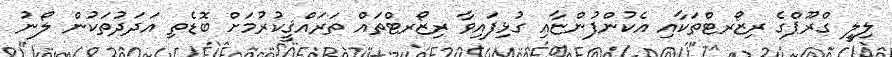
ލިލީ ގްރޫޕްގެ ރިޒޯރޓްތަކާއި އެކުންފުންޏާއި ގުޅިފައިވާ ރިޒޯރޓްތައް ތަރައްޤީކުރުމަށް ބޮޑެތި އަދަދުތަކުން ލޯނު